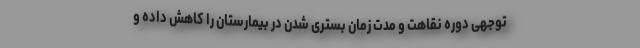
توجهی دوره نقاهت و مدت زمان بستری شدن در بیمارستان را کاهش داده و